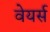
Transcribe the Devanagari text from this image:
वेयर्स